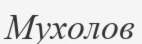
Мухолов